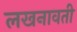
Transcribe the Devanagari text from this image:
लखनावती